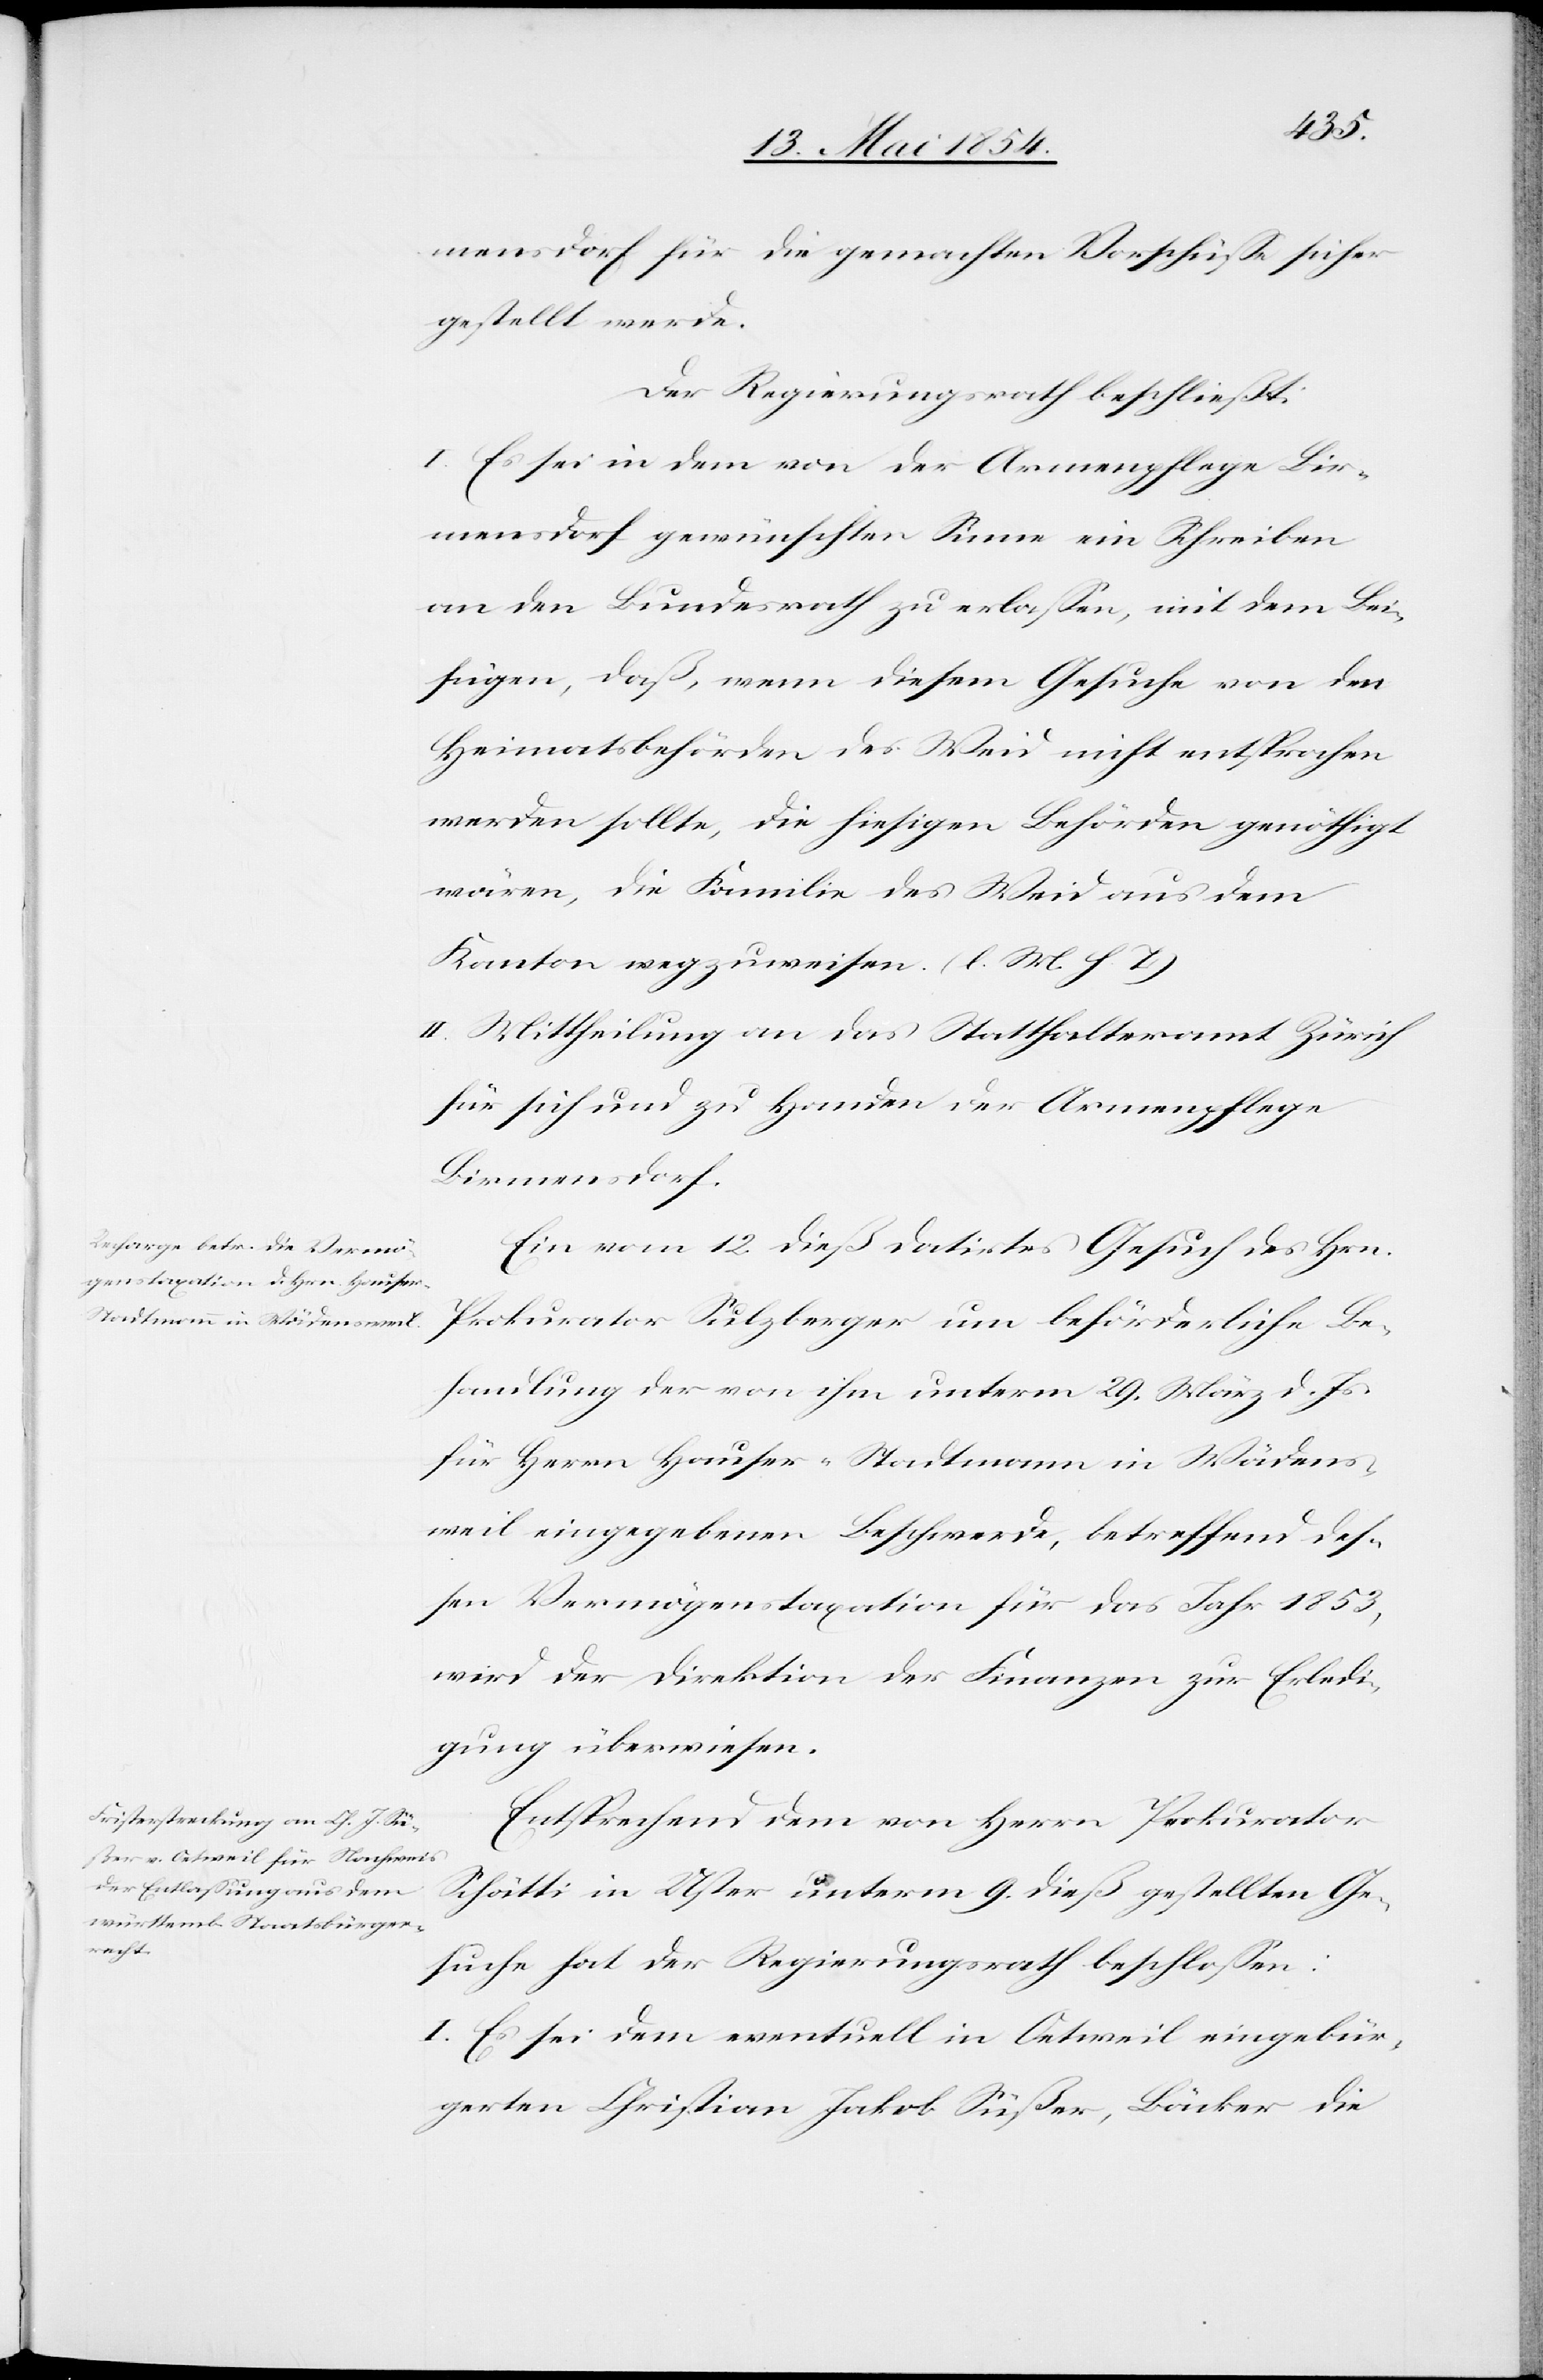
mensdorf für die gemachten Vorschüße sicher
gestellt werde.
Der Regierungsrath beschließt:
I. Es sei in dem von der Armenpflege Bir¬
mensdorf gewünschten Sinne ein Schreiben
an den Bundesrath zu erlaßen, mit dem Bei¬
fügen, daß, wenn diesem Gesuche von den
Heimatsbehörden des Weid nicht entsprochen
werden sollte, die hiesigen Behörden genöthigt
wären, die Familie des Weid aus dem
Kanton auszuweisen. (l. M. h. T.)
II. Mittheilung an das Statthalteramt Zürich
für sich und zu Handen der Armenpflege
Birmensdorf.
Ein vom 12. dieß datirtes Gesuch des Hrn.
Prokurator Sulzberger um beförderliche Be¬
handlung der von ihm unterm 29. März d. Js.
für Herrn Hauser-Stadtmann in Wädens¬
weil eingegebenen Beschwerde, betreffend deß¬
en Vermögenstaxation für das Jahr 1853,
wird der Direktion der Finanzen zur Erledi¬
gung überwiesen.
Entsprechend dem von Herrn Prokurator
Schätti in Uster unterm 9. dieß gestellten Ge¬
suche hat der Regierungsrath beschloßen:
I. Es sei dem eventuell in Oetweil eingebür¬
gerten Christian Jakob Süßer, Bäcker die